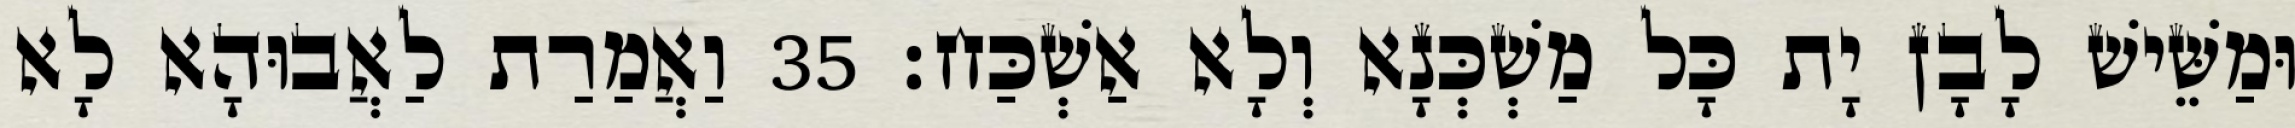
וּמַשֵּׁישׁ לָבָן יָת כָּל מַשְׁכְּנָא וְלָא אַשְׁכַּח׃ 35 וַאֲמַרַת לַאֲבוּהָא לָא